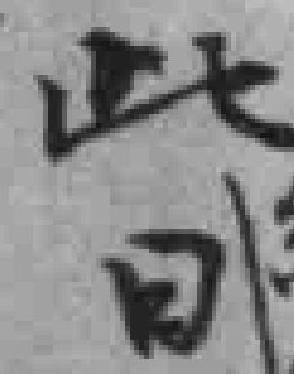
此日